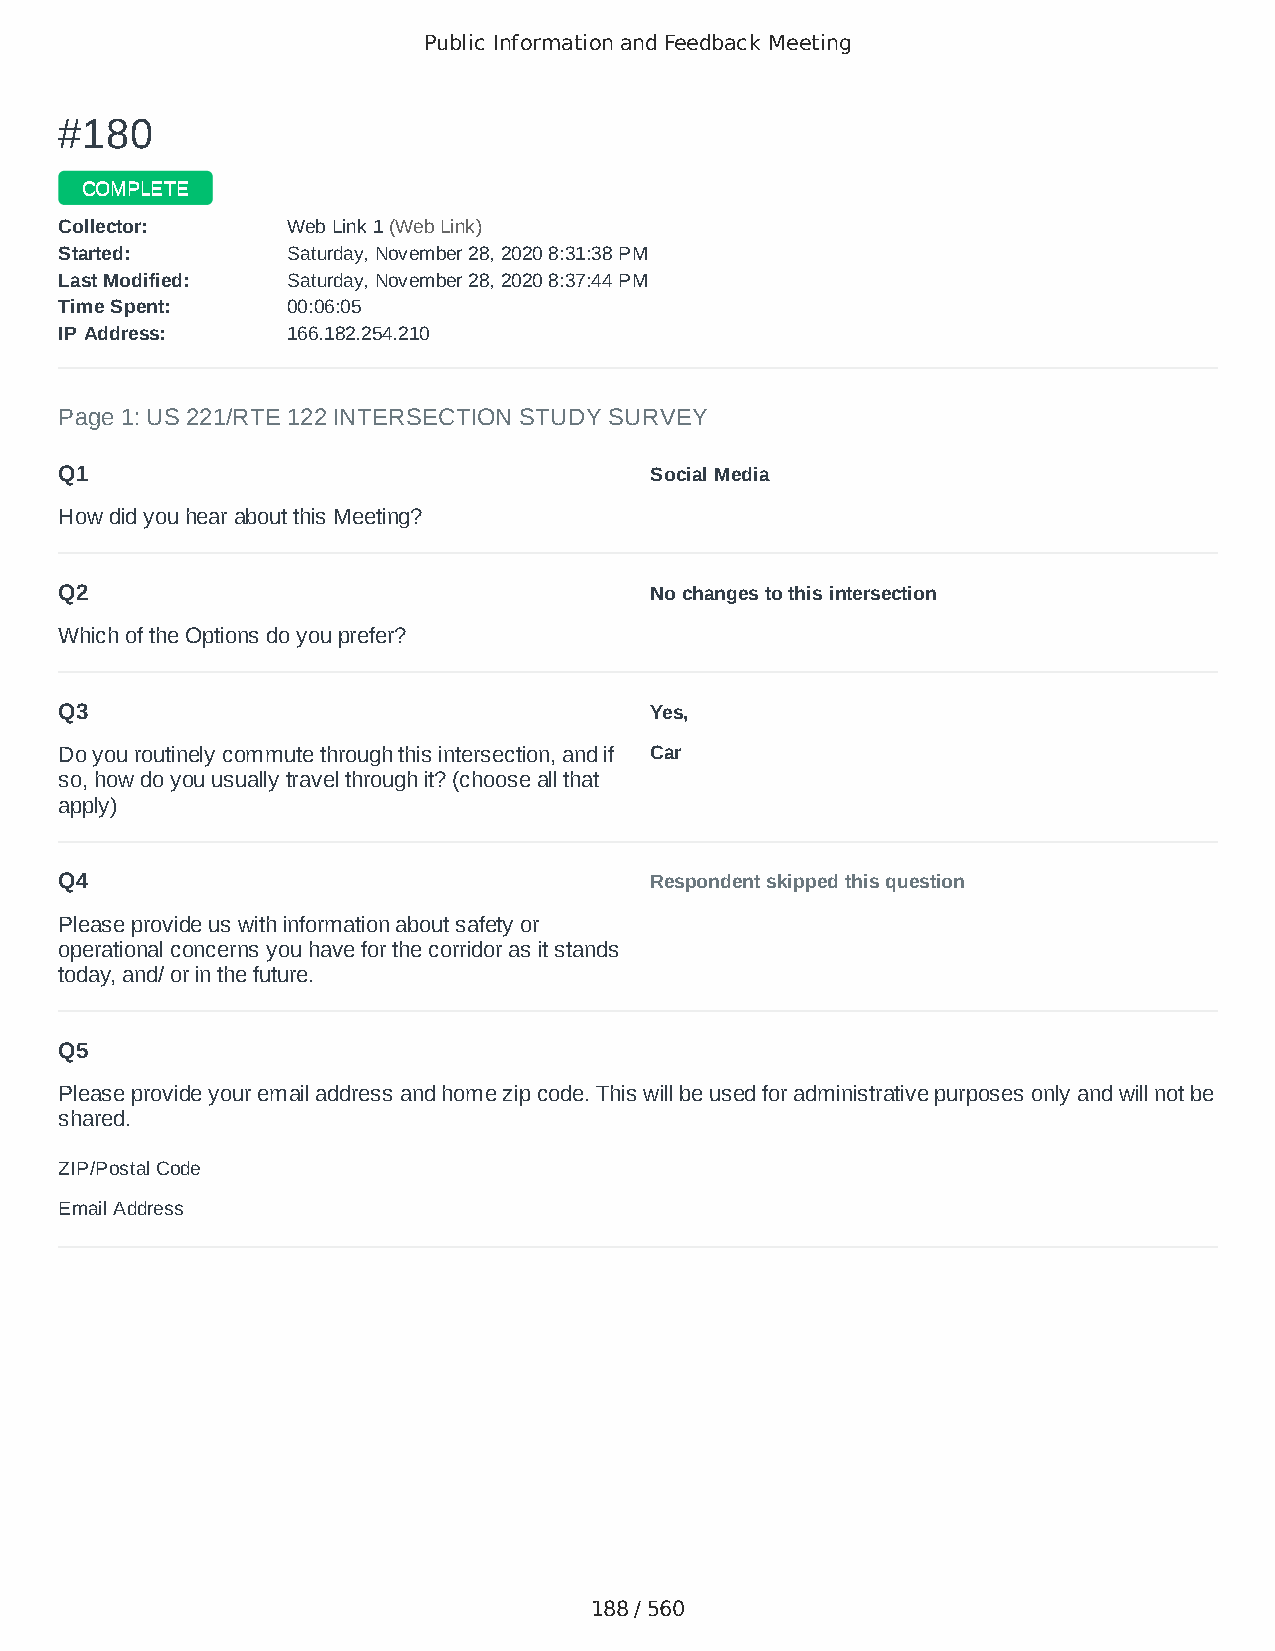
Public Information and Feedback Meeting
 ##118800
 CCOOMMPPLLEETTEE
 CCoolllleeccttoorr:: WWeebb LLiinnkk 11 ((WWeebb LLiinnkk))
 SSttaarrtteedd:: SSaattuurrddaayy,, NNoovveemmbbeerr 2288,, 22002200 88::3311::3388 PPMM
 LLaasstt MMooddiiffiieedd:: SSaattuurrddaayy,, NNoovveemmbbeerr 2288,, 22002200 88::3377::4444 PPMM
 TTiimmee SSppeenntt:: 0000::0066::0055
 IIPP AAddddrreessss:: 116666..118822..225544..221100
 Page 1: US 221/RTE 122 INTERSECTION STUDY SURVEY
 Q1                                     Social Media
 How did you hear about this Meeting?
 Q2                                     No changes to this intersection
 Which of the Options do you prefer?
 Q3                                     Yes,
 Do you routinely commute through this intersection, and if Car
 so, how do you usually travel through it? (choose all that
 apply)
 Q4                                     Respondent skipped this question
 Please provide us with information about safety or
 operational concerns you have for the corridor as it stands
 today, and/ or in the future.
 Q5
 Please provide your email address and home zip code. This will be used for administrative purposes only and will not be
 shared.
 ZIP/Postal Code                        24523
 Email Address                          srbandmom@gmail.com
 188 / 560